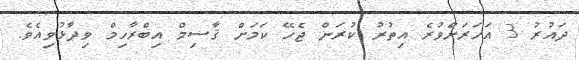
ދައުރު 3 އަހަރަށްވުރެ އިތުރު ކުރަން ޖެހޭ ކަމަށް ޤާސިމް އިބްރާހިމް ވިދާޅުވިއެވެ.